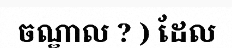
ចណ្ឌាល ? ) ដែល